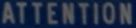
ATTENTION